King Institute of Preventive Medicine Bacteriolog. Section reports 1907-08
Year: 1907
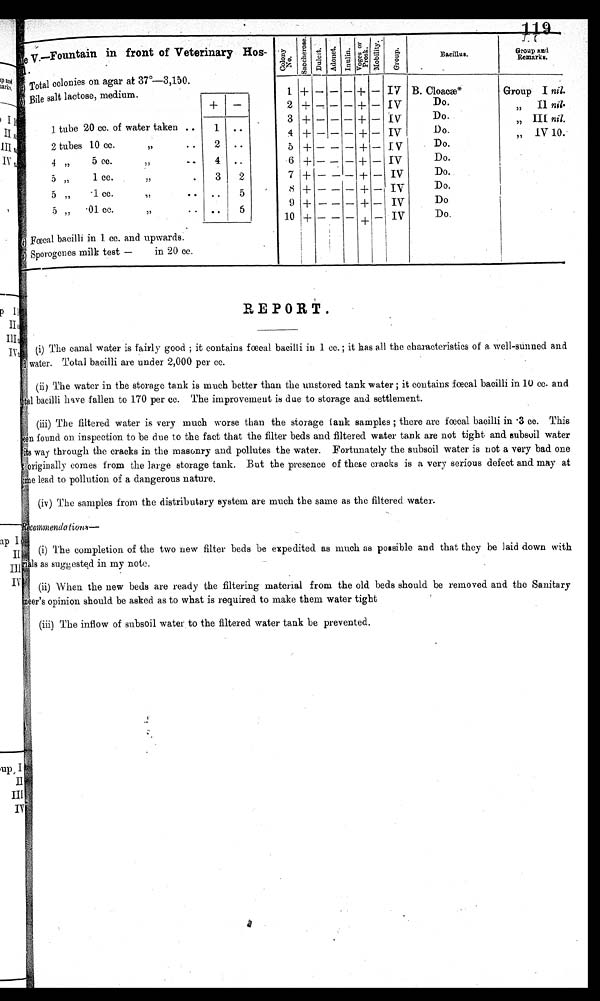
Sample V.—Fountain in front of Veterinary Hos-
pital
Colony No.
S a c c h e r o s e .
D u l c i t .
Adonet.
Inulin.
Voges or
Prosk. M o b i l i t y .
G r o u p .
Bacillus.
.
Group and
Remarks.
(a) Total colonies on agar at 37°—3,150.
(b) Bile salt lactose, medium.
1 + — — — + —
IV.
B . C l o a c æ *
Group I nil.
+ —
2 + — — — + — IV
Do.
" II nil.
3
+ - -
—
+
—
IV
Do.
" III nil.
1 tube 20 cc. of water taken ..
1 ..
4 + — — — + — IV
Do.
„ IV 10.
2 tubes 10 cc.
,,
• •
2 ..
5 + — — — + — IV
Do.
4 " 5 cc. ,, —
4 ..
6 + — — — + — IV
Do.
5 ,,
1 cc.
,,
.
3
2
7 + — — — + — IV
Do.
5 „
•1 ce.
,,
• • ..
5
8 + — — _ + _
I V
Do.
5
•01. cc.
• • ..
5
9 + — — —
+ — IV
Do
10 + — — — +
—
IV
Do.
(c) Fœcal bacilli in 1 cc. and upwards.
(d) Sporogenes milk test — in 20 cc.
REPORT.
(i) The canal water is fairly good ; it contains fœcal bacilli in 1 cc.; it has all the characteristics of a well-sunned and
water. Total bacilli are under 2,000 per cc.
(ii) The water in the storage tank is much better than the unstored tank water ; it contains fœcal bacilli in 10 cc. and
tal bacilli have fallen to 170 per cc. The improvement is due to storage and settlement.
(iii) The filtered water is very much worse than the storage tank samples ; there are fœcal bacilli in .3 cc. This
een found on inspection to be due to the fact that the filter beds and filtered water tank are not tight and subsoil water
its way through the cracks in the masonry and pollutes the water. Fortunately the subsoil water is not a very bad one
originally comes from the large storage tank. But the presence of these cracks is a very serious defect and may at
time lead to pollution of a dangerous nature.
(iv) The samples from the distributary system are much the same as the filtered water.
Recommendations—
(i) The completion of the two new filter beds be expedited as much as possible and that they be laid down with
rials as suggested in my note.
(ii) When the new beds are ready the filtering material from the old beds should be removed and the Sanitary
neer's opinion should be asked as to what is required to make them water tight
(iii) The inflow of subsoil water to the filtered water tank be prevented.